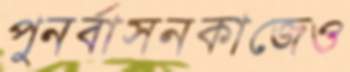
পুনর্বাসনকাজেও